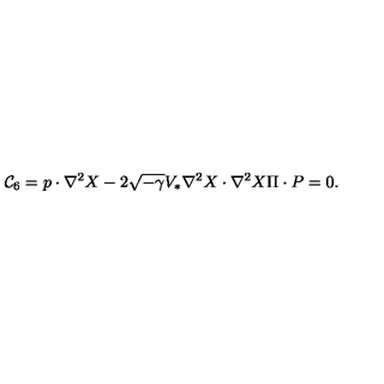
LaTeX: { \cal C } _ { 6 } = p \cdot \nabla ^ { 2 } X - 2 \sqrt { - \gamma } V _ { * } \nabla ^ { 2 } X \cdot \nabla ^ { 2 } X \Pi \cdot P = 0 .